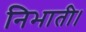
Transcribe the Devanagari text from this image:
निभाती।